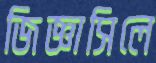
জিজ্ঞাসিলে